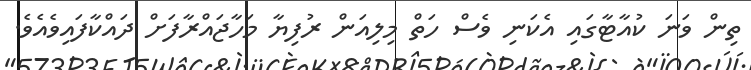
ތިން ވަނަ ކުއާޓާގައި އެކަނި ވެސް ހަތް މިލިއަން ރުފިޔާ މަހާޖައްރާފަށް ދައްކާފައިވެއެވެ.